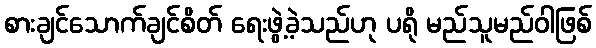
စားချင်သောက်ချင်စိတ် ရေးဖွဲ့ခဲ့သည်ဟု ပရို မည်သူမည်ဝါဖြစ်